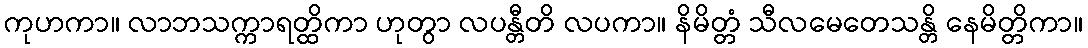
ကုဟကာ။ လာဘသက္ကာရတ္ထိကာ ဟုတွာ လပန္တီတိ လပကာ။ နိမိတ္တံ သီလမေတေသန္တိ နေမိတ္တိကာ။